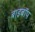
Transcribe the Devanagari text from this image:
बाइबॉप